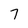
Character: 7